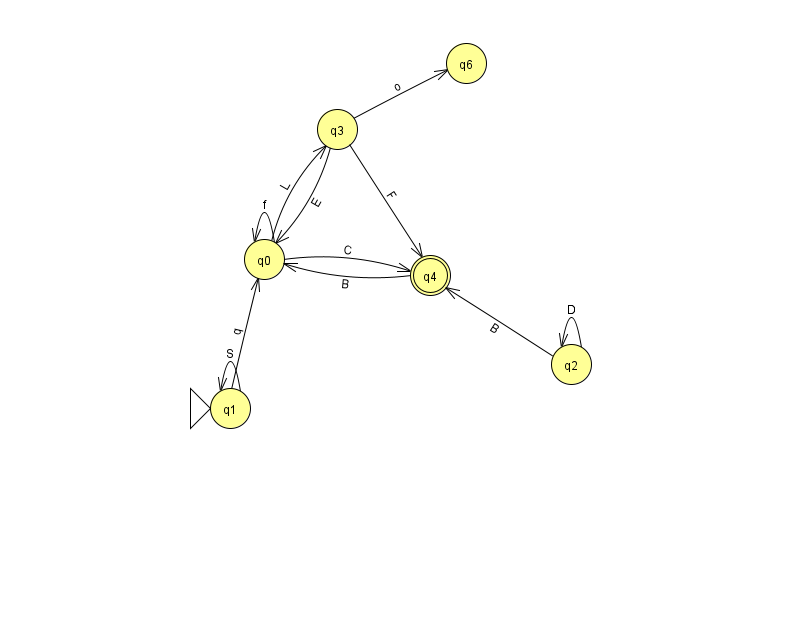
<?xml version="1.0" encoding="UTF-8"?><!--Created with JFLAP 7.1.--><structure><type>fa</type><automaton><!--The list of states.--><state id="0" name="q0"><x>264.0</x><y>246.0</y></state><state id="1" name="q1"><x>230.0</x><y>395.0</y><initial/></state><state id="2" name="q2"><x>571.0</x><y>351.0</y></state><state id="3" name="q3"><x>337.0</x><y>116.0</y></state><state id="4" name="q4"><x>430.0</x><y>262.0</y><final/></state><state id="6" name="q6"><x>466.0</x><y>50.0</y></state><!--The list of transitions.--><transition><from>1</from><to>1</to><read>S</read></transition><transition><from>2</from><to>2</to><read>D</read></transition><transition><from>2</from><to>4</to><read>B</read></transition><transition><from>0</from><to>0</to><read>f</read></transition><transition><from>3</from><to>0</to><read>E</read></transition><transition><from>1</from><to>0</to><read>q</read></transition><transition><from>3</from><to>4</to><read>F</read></transition><transition><from>0</from><to>4</to><read>C</read></transition><transition><from>0</from><to>3</to><read>L</read></transition><transition><from>3</from><to>6</to><read>o</read></transition><transition><from>4</from><to>0</to><read>B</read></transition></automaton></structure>